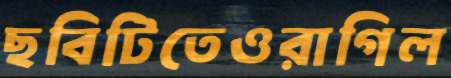
ছবিটিতেওরাগিল